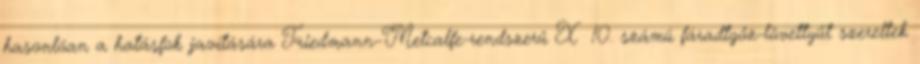
hasonlóan a hatásfok javítására Friedmann–Metcalfe-rendszerű X 10. számú fáradtgőz-lövettyűt szereltek